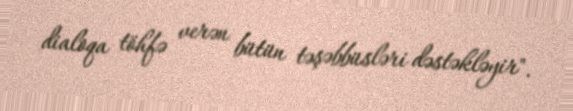
dialoqa töhfə verən bütün təşəbbüsləri dəstəkləyir".